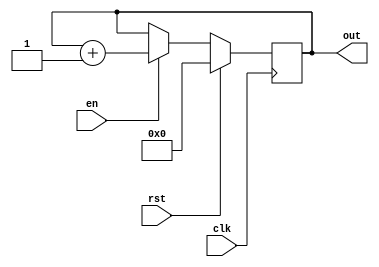
`timescale 1ns / 1ps

module Counter#(parameter n=4)(
        input               clk,
        input               rst,
        input               en,
        output reg  [n-1:0] out
    );
    
    always @(posedge clk)
    begin
        if(rst)out <= 0;
        else
        begin
            if(en)out <= out + 1;
            else out <= out; 
        end
    end
endmodule